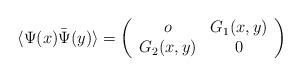
LaTeX: \begin{align*}\langle \Psi (x) \bar{\Psi} (y) \rangle = \left( \begin{array}{cc} o & G_1(x,y)\\ G_2(x,y) & 0 \end{array} \right)\end{align*}